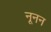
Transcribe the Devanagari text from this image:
नूनन